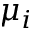
\mu _ { i }